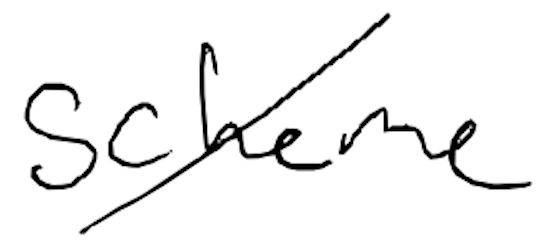
Text: scheme
Cross-out: diagonal
Writing tool: digital_black